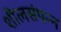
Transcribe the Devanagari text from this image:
शीलसंपन्न